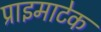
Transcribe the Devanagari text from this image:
प्राइमाटेक